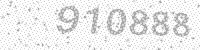
Solution: 910888